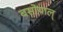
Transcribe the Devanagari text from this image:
बसोयाल्